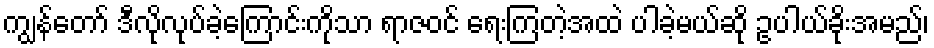
ကျွန်တော် ဒီလိုလုပ်ခဲ့ကြောင်းကိုသာ ရာဇဝင် ရေးကြတဲ့အထဲ ပါခဲ့မယ်ဆို ဥပါယ်ခိုးအမည်၊